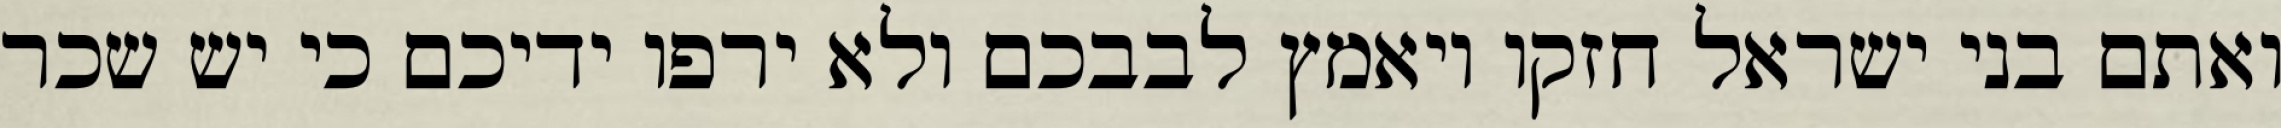
ואתם בני ישראל חזקו ויאמץ לבבכם ולא ירפו ידיכם כי יש שכר